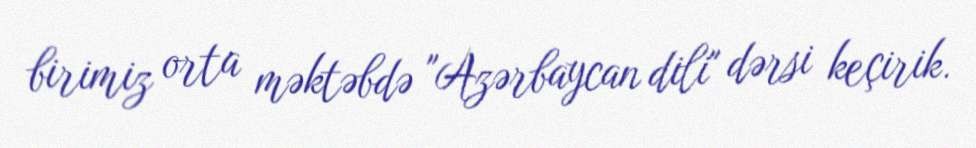
birimiz orta məktəbdə "Azərbaycan dili" dərsi keçirik.